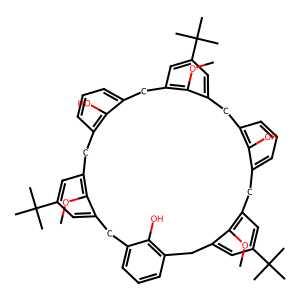
SMILES: COc1c2cc(C(C)(C)C)cc1Cc1cccc(c1O)Cc1cc(C(C)(C)C)cc(c1OC)Cc1cccc(c1O)Cc1cc(C(C)(C)C)cc(c1OC)Cc1cccc(c1O)C2
Inhibits HIV replication: No